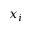
x _ { i }